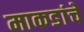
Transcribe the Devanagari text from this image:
माकडांचे